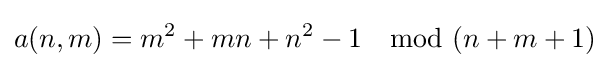
a(n,m)=m^{2}+mn+n^{2}-1\mod (n+m+1)